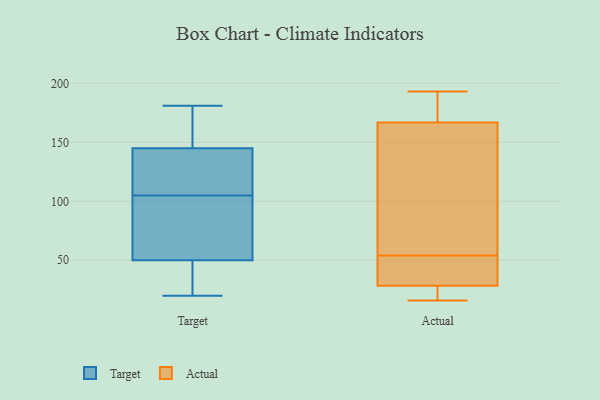
{"axis": {"x": "Churn Rate (%)", "y": "Value"}, "legend": ["Actual", "Target"], "data": [{"x": "", "y": 164, "type": "Target"}, {"x": "", "y": 34, "type": "Target"}, {"x": "", "y": 94, "type": "Target"}, {"x": "", "y": 179, "type": "Target"}, {"x": "", "y": 181, "type": "Target"}, {"x": "", "y": 116, "type": "Target"}, {"x": "", "y": 24, "type": "Target"}, {"x": "", "y": 126, "type": "Target"}, {"x": "", "y": 118, "type": "Target"}, {"x": "", "y": 20, "type": "Target"}, {"x": "", "y": 89, "type": "Target"}, {"x": "", "y": 66, "type": "Target"}, {"x": "", "y": 106, "type": "Actual"}, {"x": "", "y": 33, "type": "Actual"}, {"x": "", "y": 54, "type": "Actual"}, {"x": "", "y": 28, "type": "Actual"}, {"x": "", "y": 25, "type": "Actual"}, {"x": "", "y": 193, "type": "Actual"}, {"x": "", "y": 104, "type": "Actual"}, {"x": "", "y": 16, "type": "Actual"}, {"x": "", "y": 30, "type": "Actual"}, {"x": "", "y": 188, "type": "Actual"}, {"x": "", "y": 187, "type": "Actual"}]}